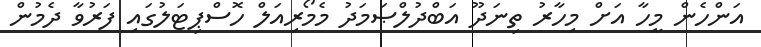
އަންހެން މީހާ އަށް މިހާރު ތިނަދޫ އަބްދުލްޞަމަދު މެމޯރިއަލް ހޮސްޕިޓަލުގައި ފަރުވާ ދެމުން